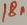
Text: 18n